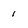
Character: 1